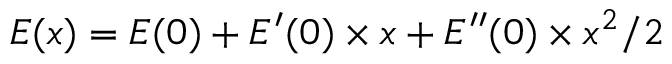
E ( x ) = E ( 0 ) + E ^ { \prime } ( 0 ) \times x + E ^ { \prime \prime } ( 0 ) \times x ^ { 2 } / 2